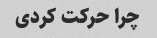
چرا حرکت کردی